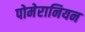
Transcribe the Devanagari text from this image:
पोमेरानियन